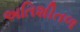
અતિશીતળ